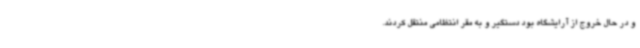
و در حال خروج از آرایشگاه بود دستگیر و به مقر انتظامی منتقل کردند.